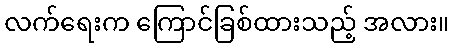
လက်ရေးက ကြောင်ခြစ်ထားသည့် အလား။